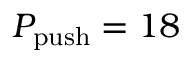
\ensuremath { P _ { \mathrm { p u s h } } } = 1 8